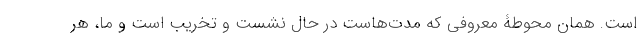
است. همان محوطۀ معروفی که مدت‌هاست در حال نشست و تخریب است و ما، هر